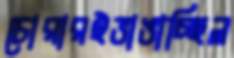
চোরারইভাঙাচ্ছিল